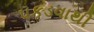
પકડવાથી